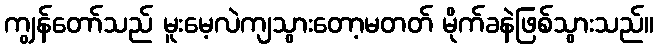
ကျွန်တော်သည် မူးမေ့လဲကျသွားတော့မတတ် မိုက်ခနဲဖြစ်သွားသည်။